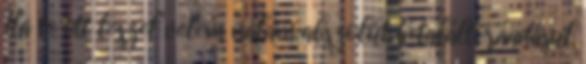
Ha te ott leszel velem nálam abszolút betalált, ráadásul